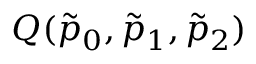
Q ( \tilde { p } _ { 0 } , \tilde { p } _ { 1 } , \tilde { p } _ { 2 } )